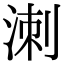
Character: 𭰩